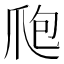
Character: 爮